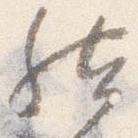
然